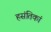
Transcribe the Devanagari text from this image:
हसंतिकां